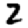
Digit: 2